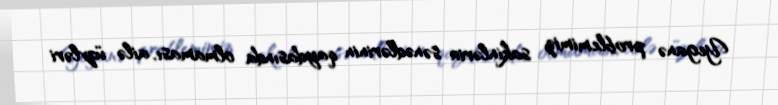
Yeganə problemimiz sakinlərin sənədlərinin qaydasında olmaması, ailə üzvləri